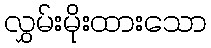
လွှမ်းမိုးထားသော